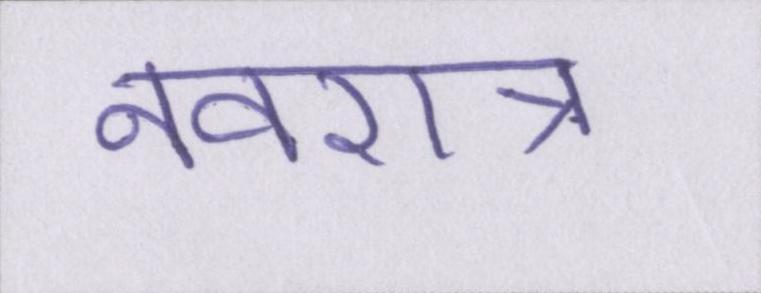
नवरात्र